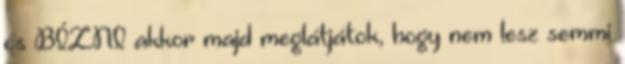
és BÍZNI akkor majd meglátjátok, hogy nem lesz semmi